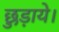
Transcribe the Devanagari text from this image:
छुड़ाये।